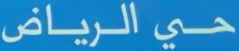
حي الرياض